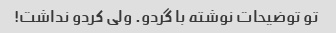
تو توضیحات نوشته با گردو. ولی کردو نداشت!